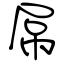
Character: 屌